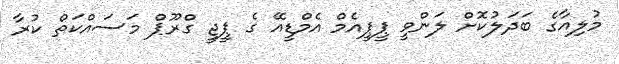
މުލިއާގެ ބަދަލުކޮށް ލަންވީ ޕީޕީއެމް އެމްޑީއޭ ގެ ޕީޖީ ގްރޫޕް މަސައްކަތް ކުރާ